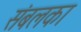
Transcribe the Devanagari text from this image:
संबलका